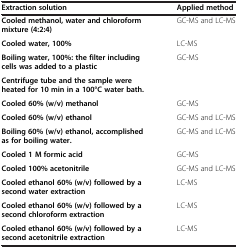
| Extraction solution | Applied method |
 | --- | --- |
 | Cooled methanol, water and chloroform mixture (4:2:4) | GC-MS and LC-MS |
 | Cooled water, 100% | LC-MS |
 | Boiling water, 100%: the filter including cells was added to a plastic | <ROWSPAN=2> GC-MS |
 | Centrifuge tube and the sample were heated for 10 min in a 100°C water bath. |
 | Cooled 60% (w/v) methanol | GC-MS |
 | Cooled 60% (w/v) ethanol | GC-MS and LC-MS |
 | Boiling 60% (w/v) ethanol, accomplished as for boiling water. | GC-MS and LC-MS |
 | Cooled 1 M formic acid | GC-MS |
 | Cooled 100% acetonitrile | GC-MS and LC-MS |
 | Cooled ethanol 60% (w/v) followed by a second water extraction | LC-MS |
 | Cooled ethanol 60% (w/v) followed by a second chloroform extraction | LC-MS |
 | Cooled ethanol 60% (w/v) followed by a second acetonitrile extraction | LC-MS |